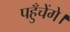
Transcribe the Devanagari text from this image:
पहुँचेंगे।